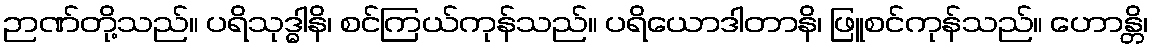
ဉာဏ်တို့သည်။ ပရိသုဒ္ဓါနိ၊ စင်ကြယ်ကုန်သည်။ ပရိယောဒါတာနိ၊ ဖြူစင်ကုန်သည်။ ဟောန္တိ၊